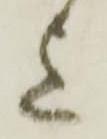
上